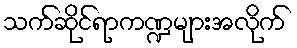
သက်ဆိုင်ရာကဏ္ဍများအလိုက်